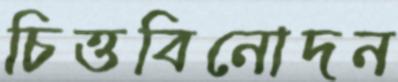
চিত্তবিনোদন